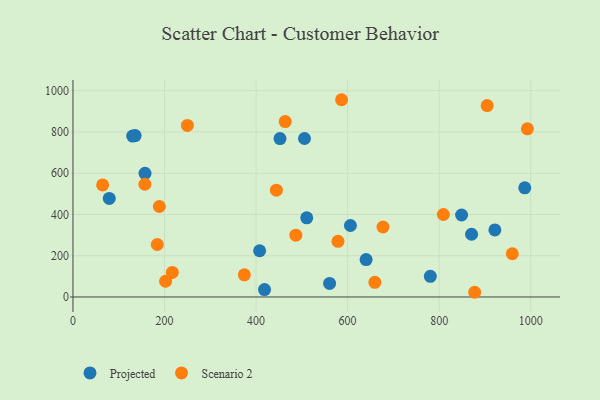
{"axis": {"x": "Distance", "y": "Profit"}, "legend": ["Projected", "Scenario 2"], "data": [{"x": "780.7", "y": 100.1, "type": "Projected"}, {"x": "849.0", "y": 397.5, "type": "Projected"}, {"x": "418.5", "y": 35.7, "type": "Projected"}, {"x": "79.3", "y": 477.7, "type": "Projected"}, {"x": "987.0", "y": 529.1, "type": "Projected"}, {"x": "452.3", "y": 767.7, "type": "Projected"}, {"x": "407.8", "y": 224.1, "type": "Projected"}, {"x": "560.6", "y": 65.8, "type": "Projected"}, {"x": "157.4", "y": 599.5, "type": "Projected"}, {"x": "921.7", "y": 324.9, "type": "Projected"}, {"x": "870.8", "y": 304.0, "type": "Projected"}, {"x": "130.5", "y": 780.1, "type": "Projected"}, {"x": "135.8", "y": 782.4, "type": "Projected"}, {"x": "606.1", "y": 346.4, "type": "Projected"}, {"x": "510.7", "y": 383.5, "type": "Projected"}, {"x": "640.4", "y": 181.3, "type": "Projected"}, {"x": "505.8", "y": 768.2, "type": "Projected"}, {"x": "809.2", "y": 399.7, "type": "Scenario 2"}, {"x": "877.6", "y": 22.8, "type": "Scenario 2"}, {"x": "250.0", "y": 831.6, "type": "Scenario 2"}, {"x": "444.4", "y": 517.7, "type": "Scenario 2"}, {"x": "463.7", "y": 850.2, "type": "Scenario 2"}, {"x": "586.8", "y": 956.2, "type": "Scenario 2"}, {"x": "374.4", "y": 107.4, "type": "Scenario 2"}, {"x": "202.3", "y": 76.2, "type": "Scenario 2"}, {"x": "157.1", "y": 546.4, "type": "Scenario 2"}, {"x": "184.2", "y": 254.5, "type": "Scenario 2"}, {"x": "579.0", "y": 269.9, "type": "Scenario 2"}, {"x": "959.8", "y": 209.6, "type": "Scenario 2"}, {"x": "992.7", "y": 815.0, "type": "Scenario 2"}, {"x": "677.3", "y": 339.3, "type": "Scenario 2"}, {"x": "188.7", "y": 438.7, "type": "Scenario 2"}, {"x": "659.5", "y": 70.9, "type": "Scenario 2"}, {"x": "486.9", "y": 299.8, "type": "Scenario 2"}, {"x": "64.8", "y": 543.3, "type": "Scenario 2"}, {"x": "904.9", "y": 927.6, "type": "Scenario 2"}, {"x": "217.0", "y": 119.1, "type": "Scenario 2"}]}